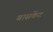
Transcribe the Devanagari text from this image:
बासकेंट